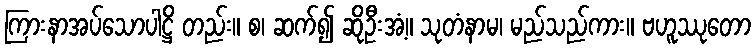
ကြားနာအပ်သောပါဋ္ဌိ တည်း။ စ၊ ဆက်၍ ဆိုဦးအံ့။ သုတံနာမ၊ မည်သည်ကား။ ဗဟူဿုတော